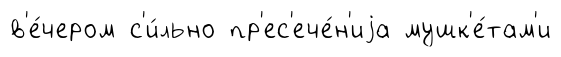
в'е́чером с'и́льно пр'ес'ече́н'иjа мушк'е́там'и